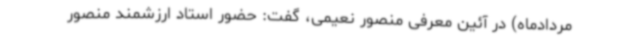
مردادماه) در آئین معرفی منصور نعیمی، گفت: حضور استاد ارزشمند منصور